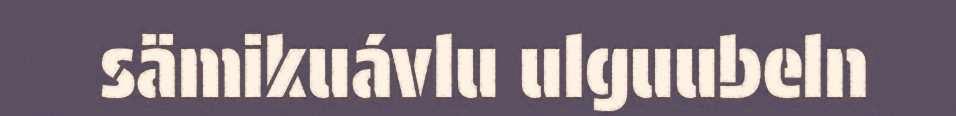
sämikuávlu ulguubeln